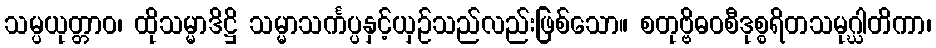
သမ္ပယုတ္တာဝ၊ ထိုသမ္မာဒိဋ္ဌိ သမ္မာသင်္ကပ္ပနှင့်ယှဉ်သည်လည်းဖြစ်သော။ စတုဗ္ဗိဓဝစီဒုစ္စရိတသမုဂ္ဃါတိကာ၊